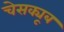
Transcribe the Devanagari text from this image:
चेसक्यूब